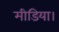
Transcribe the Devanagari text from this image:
मीडिया।